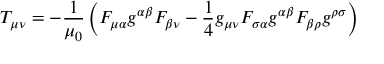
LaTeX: T _ { \mu \nu } = - { \frac { 1 } { \mu _ { 0 } } } \left( F _ { \mu \alpha } g ^ { \alpha \beta } F _ { \beta \nu } - { \frac { 1 } { 4 } } g _ { \mu \nu } F _ { \sigma \alpha } g ^ { \alpha \beta } F _ { \beta \rho } g ^ { \rho \sigma } \right)